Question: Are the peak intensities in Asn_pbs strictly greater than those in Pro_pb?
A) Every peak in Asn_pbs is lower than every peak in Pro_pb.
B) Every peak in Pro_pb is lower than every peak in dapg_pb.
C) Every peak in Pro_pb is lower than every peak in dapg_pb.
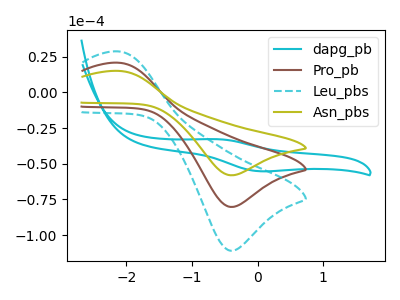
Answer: <think>The cyan curve "dapg_pb" has an anodic peak at (-0.60V, -32.85uA) and a cathodic peak at (0.05V, -55.25uA). The brown curve "Pro_pb" has an anodic peak at (-2.10V, 20.65uA) and a cathodic peak at (-0.40V, -80.20uA). The cyan dashed curve "Leu_pbs" has an anodic peak at (-2.10V, 41.25uA) and a cathodic peak at (-0.40V, -160.40uA). The olive curve "Asn_pbs" has an anodic peak at (-2.10V, 14.95uA) and a cathodic peak at (-0.40V, -58.05uA).</think>
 <answer>A) Every peak in "Asn_pbs" is lower than every peak in "Pro_pb".</answer>
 <eval>A</eval>